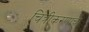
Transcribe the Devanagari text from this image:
चित्रीकरणाचा